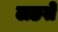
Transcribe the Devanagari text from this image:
लङते